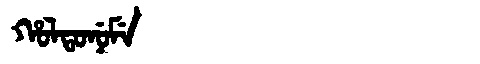
Manchu: ᡥᠣᠯᡨᠣᠨᡠᠮᡝ
Romanization: HOLTONUME